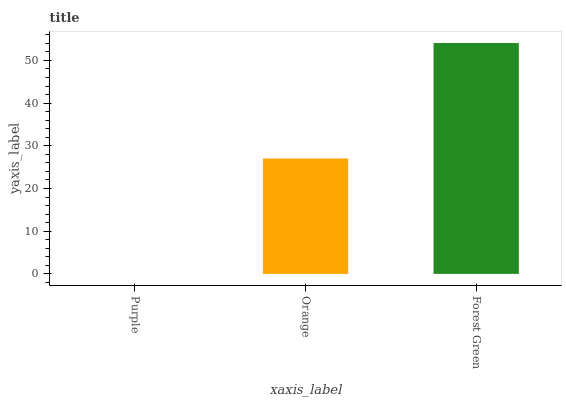
| xaxis_label | bars |
 | --- | --- |
 | Purple | 0 |
 | Orange | 27 |
 | Forest Green | 54.1 |